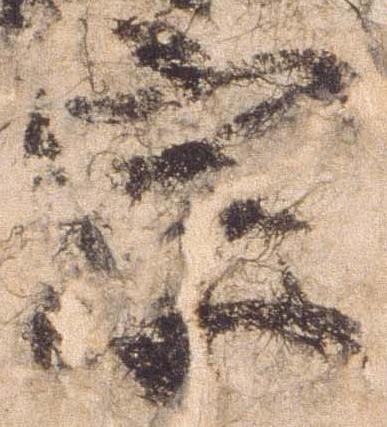
宗